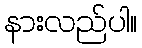
နားလည်ပါ။